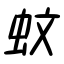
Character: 蚊